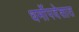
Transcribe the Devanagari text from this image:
धर्मोपदेशात